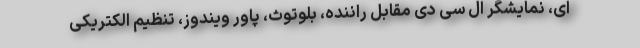
ای، نمایشگر ال سی دی مقابل راننده، بلوتوث، پاور ویندوز، تنظیم الکتریکی